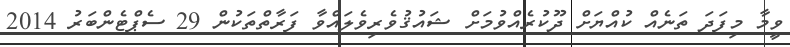
ވީމާ މިފަދަ ތަނެއް ކުއްޔަށް ދޫކުރެއްވުމަށް ޝައުޤުވެރިވެލައްވާ ފަރާތްތަކުން 29 ސެޕްޓެންބަރު 2014